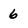
Character: 6